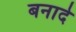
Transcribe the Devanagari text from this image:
बनादे